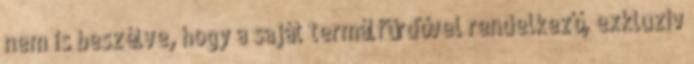
nem is beszélve, hogy a saját termálfürdővel rendelkező, exkluzív